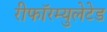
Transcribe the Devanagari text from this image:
रीफॉरम्युलेटेड